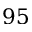
9 5